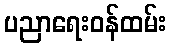
ပညာရေးဝန်ထမ်း